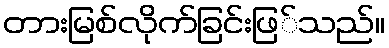
တားမြစ်လိုက်ခြင်းဖြ်သည်။